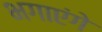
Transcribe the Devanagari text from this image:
भगाएंगे